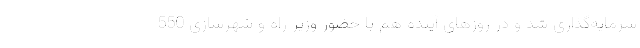
سرمایه‌گذاری شد و در روزهای آینده هم با حضور وزیر راه و شهرسازی 550